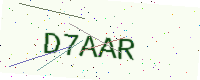
Text: D7AAR